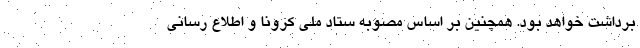
برداشت خواهد بود. همچنین بر اساس مصوبه ستاد ملی کرونا و اطلاع رسانی